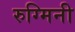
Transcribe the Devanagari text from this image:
रुग्मिनी